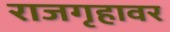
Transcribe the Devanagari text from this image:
राजगृहावर